Aleksander_Warma, lk 16
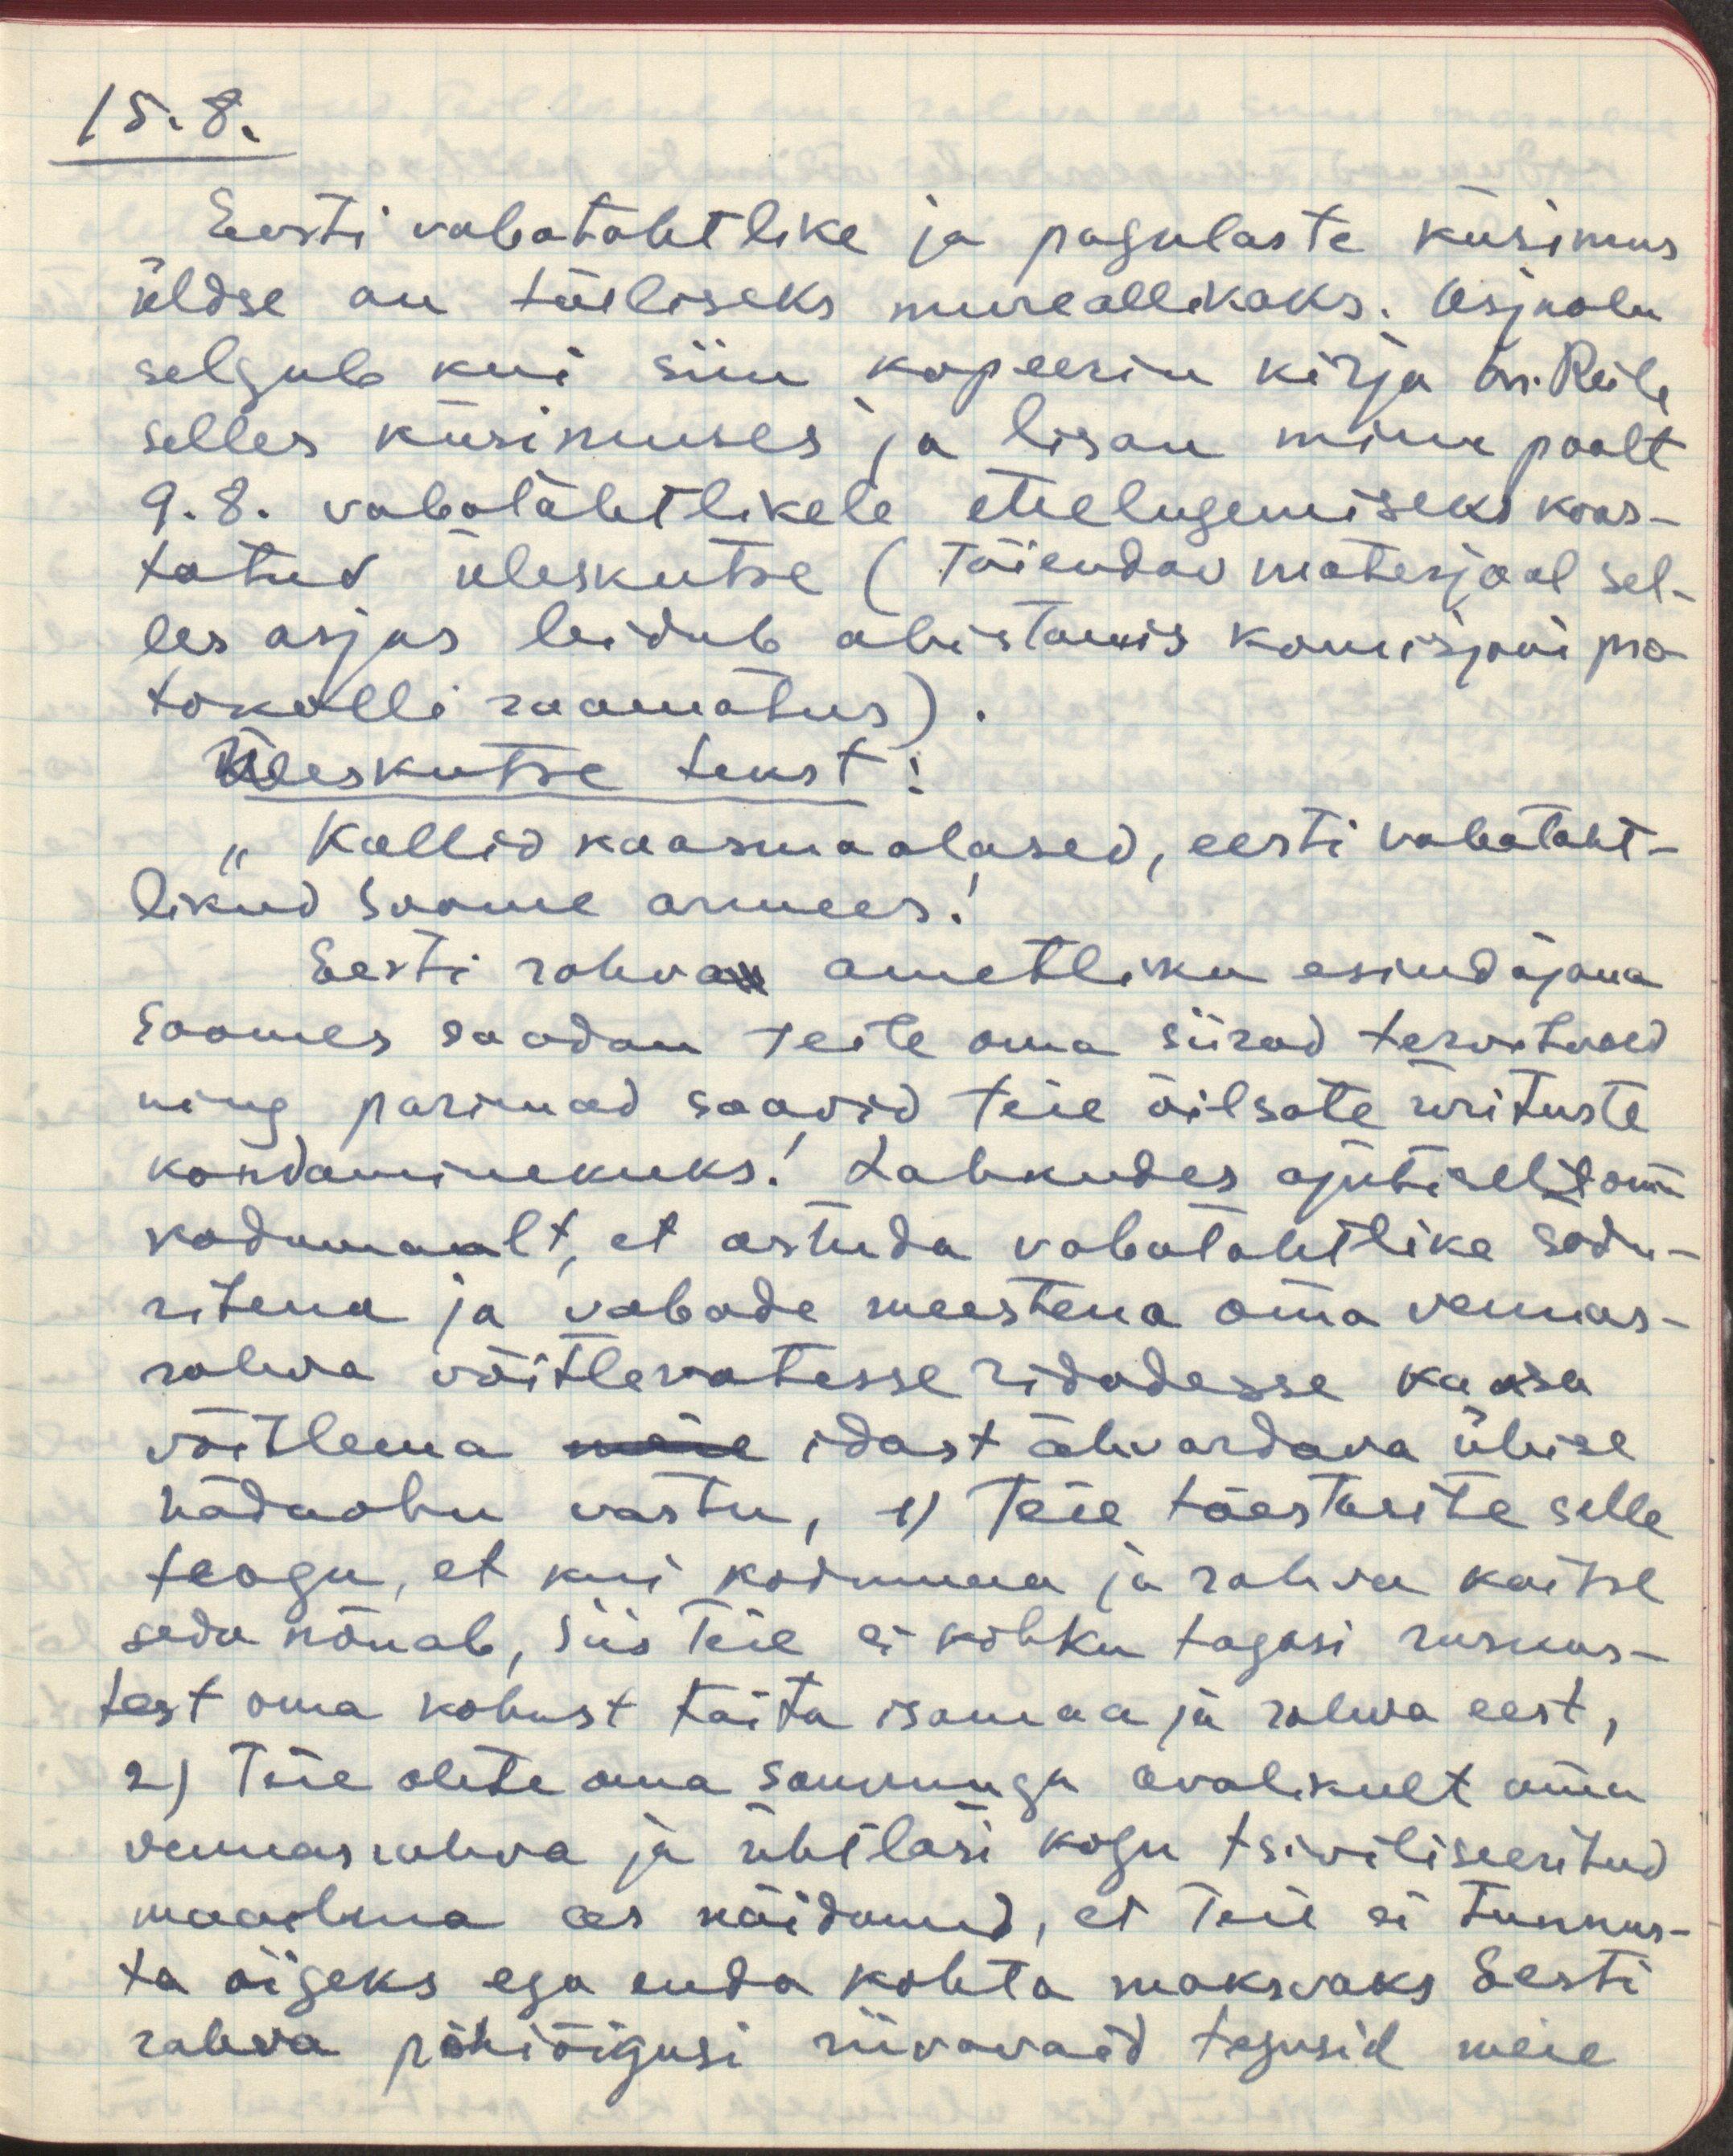
15.8
Eesti vabatahtlike ja pagulaste küsimus
üldse on tõeliseks mureallikaks. Asjaolu
selgub kui siin kopeerin kirju hr. Reile
selles küsimuses ja lisan minu poolt
9.8. vabatahtlikele ettelugemiseks koos-
tatud üleskutse (täiendav materjaal sel-
les asjas leidub abistamis komisjoni pro-
tokolli raamatus).
Üleskutse tekst!
"Kallid kaasmaalased, eesti vabataht-
likud Soome armees!
Eesti rahvas ametliku esindajana
Soomes saadan teile oma siirad tervitused
ning parimad soovid teie õilsate ürituste
kordaminekuks! Lahkudes ajutiselt oma
kodumaalt, et astuda vabatahtlikena sõdu-
ritena ja vabade meestena oma vennas-
rahva võitlevatesse ridadesse kaasa
võitlema meie idast ähvardava ühise
hädaohu vastu, 1) Teie tõestasite selle
teoga, et kui kodumaa ja rahva kaitse
seda nõuab, siis teie ei kohku tagasi raskus-
last oma kohust täita isamaa ja rahva eest,
2) Teie olete oma sammuga avalikult oma
vennasrahva ja ühtlasi kogu tsiviliseeritud
maailma ees näidanud, et teie ei tunnus-
ta õigeks ega enda kohta maksvaks Eesti
rahva põhiõigusi riivavaid tegusid meie